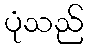
ပုံသည်